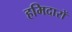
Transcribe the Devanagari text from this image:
हमिदारों